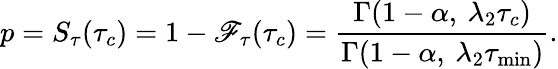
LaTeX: p=S_{\tau}(\tau_{c})=1-\mathscr{F}_{\tau}(\tau_{c})=\frac{{\Gamma(1-\alpha,\: \lambda_{2}\tau_{c})}}{{\Gamma(1-\alpha,\: \lambda_{2}\tau_{\mathrm{{min}}})}}.